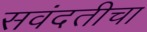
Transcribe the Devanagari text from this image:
सवंदतीचा